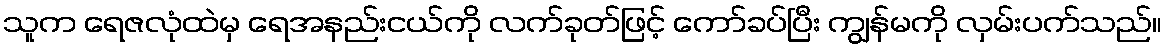
သူက ရေဇလုံထဲမှ ရေအနည်းငယ်ကို လက်ခုတ်ဖြင့် ကော်ခပ်ပြီး ကျွန်မကို လှမ်းပက်သည်။